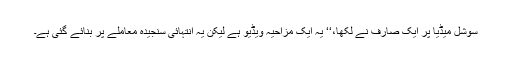
سوشل میڈیا پر ایک صارف نے لکھا،‘‘ یہ ایک مزاحیہ ویڈیو ہے لیکن یہ انتہائی سنجیدہ معاملے پر بنائے گئی ہے۔